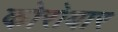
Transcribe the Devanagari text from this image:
कोरोबार